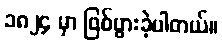
၁၈၂၄ မှာ ဖြစ်ပွားခဲ့ပါတယ်။